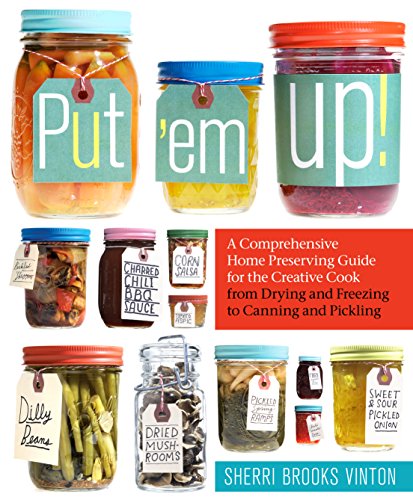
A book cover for Put 'em Up!; Sherri Brooks Vinton; Cookbooks, Food & Wine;